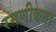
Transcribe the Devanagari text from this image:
रमणीकता